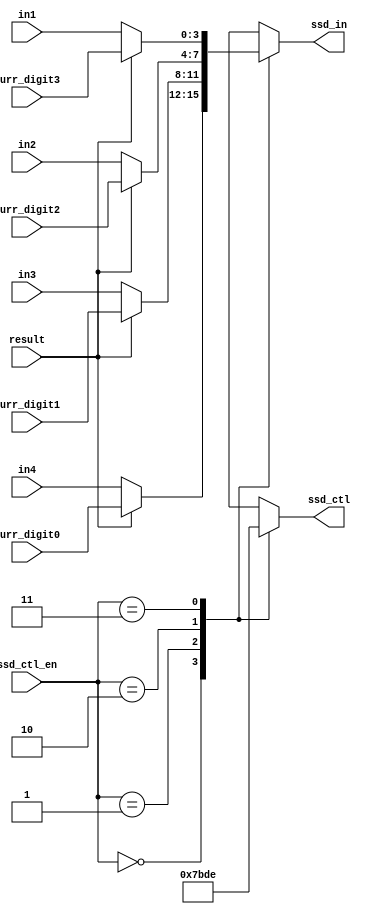
`timescale 1ns / 1ps
//////////////////////////////////////////////////////////////////////////////////
// Company: 
// Engineer: 
// 
// Design Name: 
// Module Name: ssd_ctl
// Project Name: 
// Target Devices: 
// Tool Versions: 
// Description: 
// 
// Dependencies: 
// 
// Revision:
// Revision 0.01 - File Created
// Additional Comments:
// 
//////////////////////////////////////////////////////////////////////////////////


module scan_ctl(result, ssd_ctl_en, in4,  in3, in2,  in1, curr_digit3, curr_digit2, curr_digit1, curr_digit0, ssd_ctl, ssd_in);
    input result;
    input [1:0] ssd_ctl_en;
    input [3:0] in4, in3, in2, in1;
    input [3:0] curr_digit3, curr_digit2, curr_digit1, curr_digit0;
    output [3:0] ssd_ctl;
    output [3:0] ssd_in;
    reg [3:0] digit3, digit2, digit1, digit0;
    reg [3:0] ssd_in;
    reg [3:0] ssd_ctl;
            
    always@*
    if (result)
    begin
        digit3 = curr_digit3;
        digit2 = curr_digit2;
        digit1 = curr_digit1;
        digit0 = curr_digit0;
    end
    else
    begin
        digit3 = in1;
        digit2 = in2;
        digit1 = in3;
        digit0 = in4;
    end 
        
    always@*
        case (ssd_ctl_en)
            2'b00:
            begin
                ssd_in = digit0;
                ssd_ctl = 4'b0111;
            end
            
            2'b01:
            begin
                ssd_in = digit1;
                ssd_ctl = 4'b1011;
            end
            
            2'b10:
            begin
                ssd_in = digit2;
                ssd_ctl = 4'b1101;
            end
            
            2'b11:
            begin
                ssd_in = digit3;
                ssd_ctl = 4'b1110;
            end
            
            default:
            begin
                ssd_in = 4'd0;
                ssd_ctl = 4'b1111;
            end
            
        endcase
    
endmodule